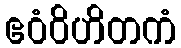
ဧဝံဝိဟိတကံ